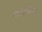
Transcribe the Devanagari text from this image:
महामस्तिष्क